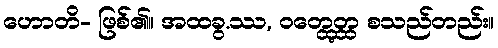
ဟောတိ- ဖြစ်၏။ အထခွ.ဿ, ဝတ္ထွေတ္ထ စသည်တည်း။